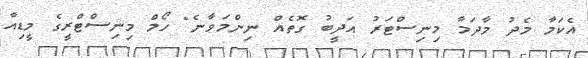
އެކަމާ މެދު މާދަމާ މިނިސްޓަރު އަދީބު ގޮތެއް ނިންމަވާނެ" ހޯމް މިނިސްޓްރީގެ މީޑިއާ